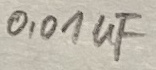
Text: 0,01µF